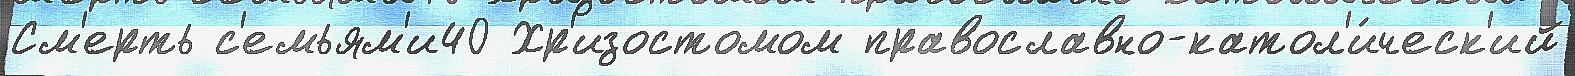
См'ерть с'емьям'и40 Хр'изостомом православно-катол'и́ческ'ий